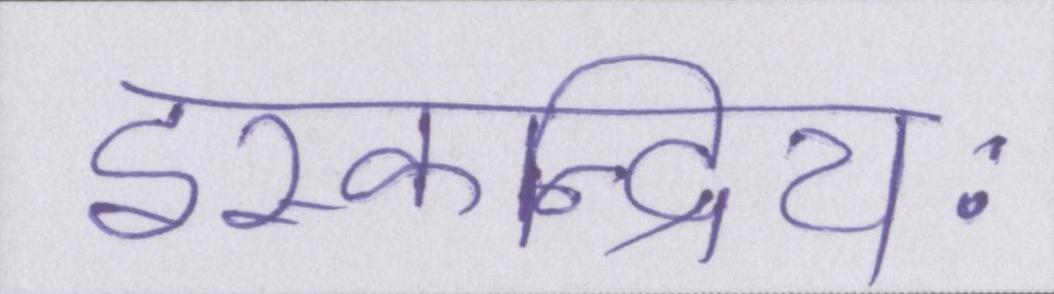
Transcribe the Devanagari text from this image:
इस्कन्द्रियः